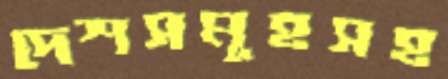
দেশসমূহসহ